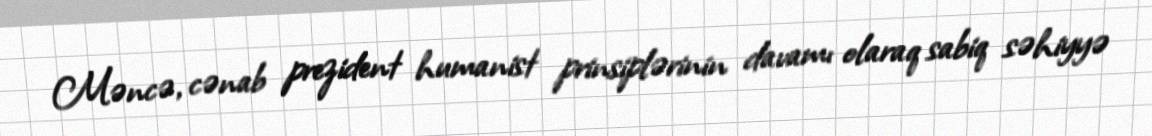
Məncə, cənab prezident humanist prinsiplərinin davamı olaraq sabiq səhiyyə